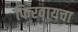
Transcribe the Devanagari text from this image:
फिरवायचा